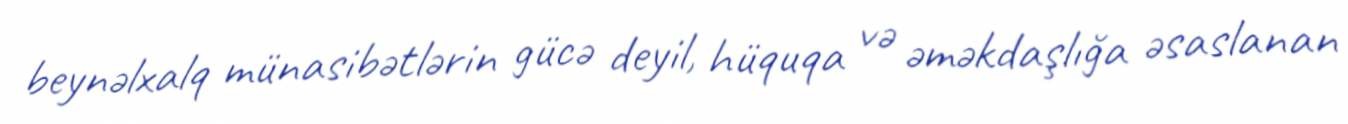
beynəlxalq münasibətlərin gücə deyil, hüquqa və əməkdaşlığa əsaslanan